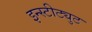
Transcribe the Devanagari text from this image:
इन्स्टीट्युट